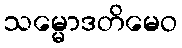
သမ္မောဒတိမေဝ